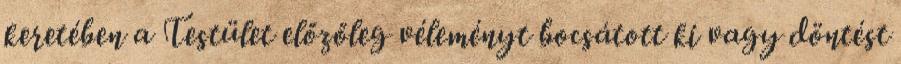
keretében a Testület előzőleg véleményt bocsátott ki vagy döntést